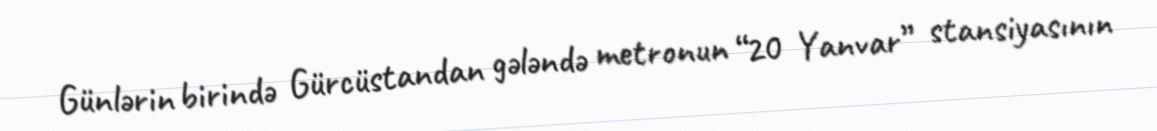
Günlərin birində Gürcüstandan gələndə metronun “20 Yanvar” stansiyasının